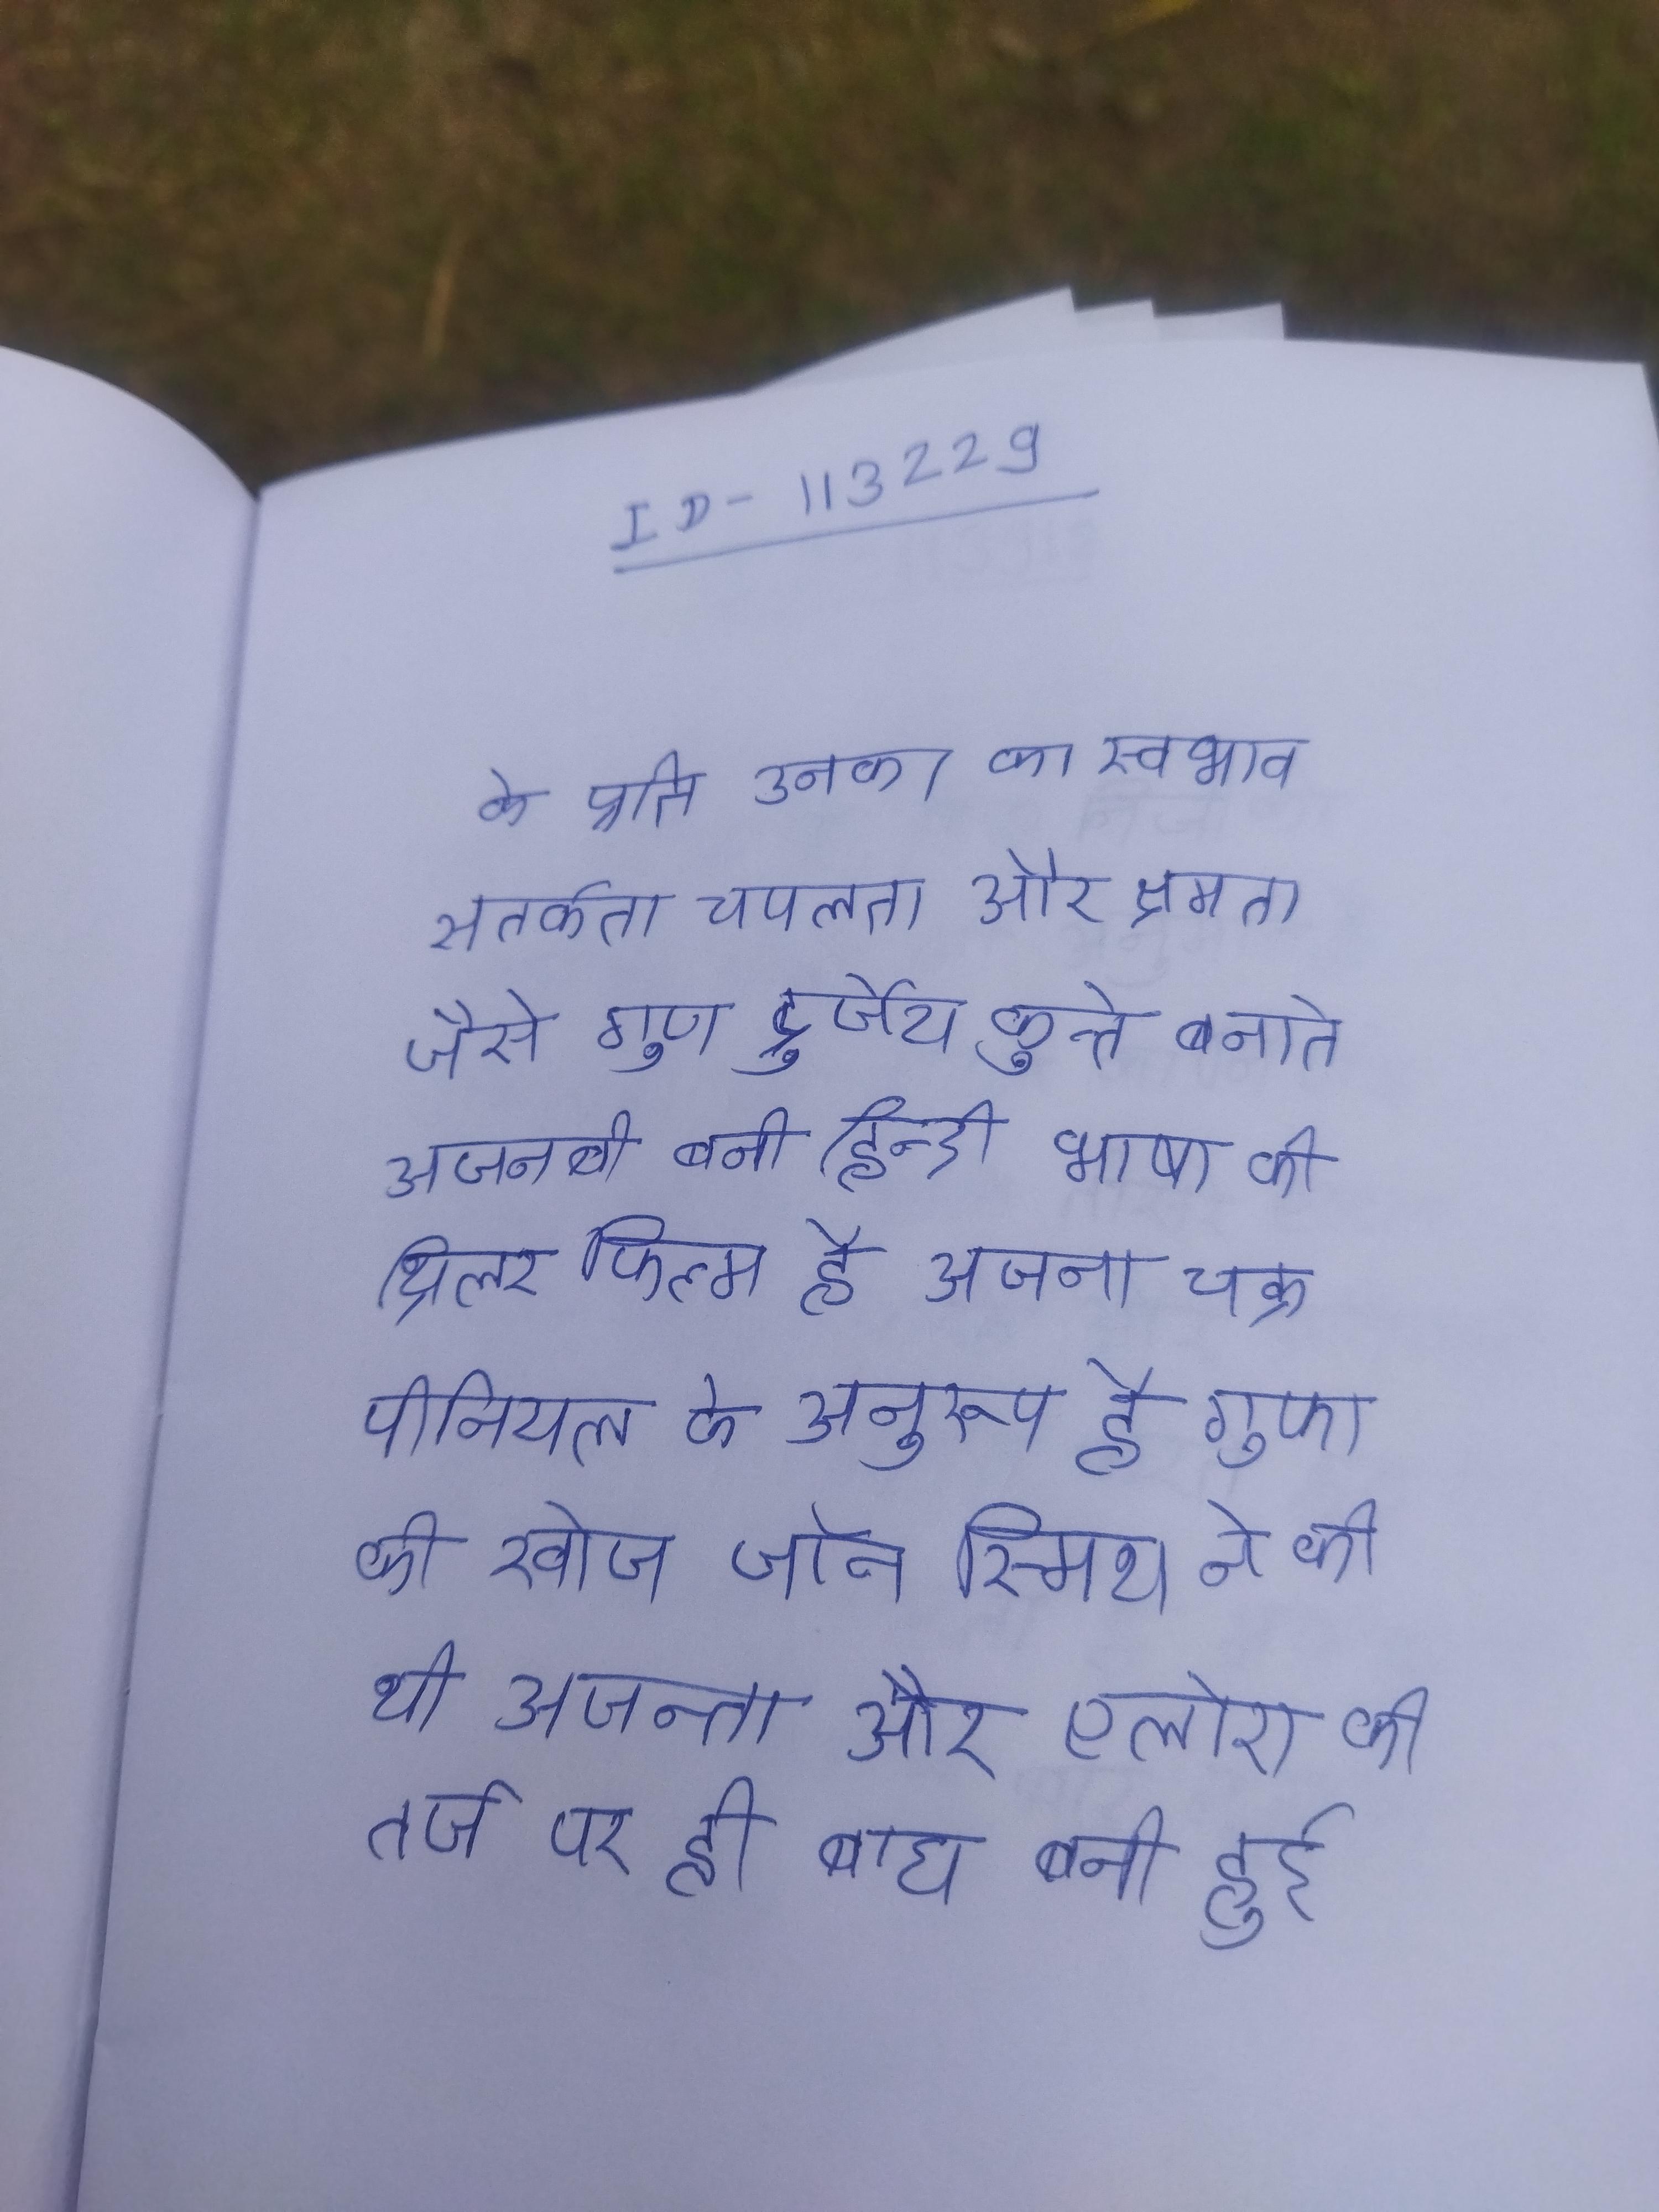
के प्रति उनका का स्वभाव, सतर्कता, चपलता और क्षमता जैसे गुण दुर्जेय कुत्ते बनाते । अजनबी बनी हिन्दी भाषा की थ्रिलर फिल्म है । अजना चक्र पीनियल के अनुरूप है । गुफा की खोज जॉन स्मिथ ने की थी । अजन्ता और एलोरा की तर्ज पर ही बाघ बनी हुई ।